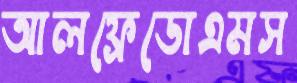
আলফ্রেডোএমস